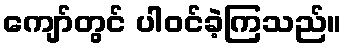
ကျော်တွင် ပါဝင်ခဲ့ကြသည်။